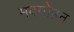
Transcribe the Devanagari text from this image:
मक्मोहन